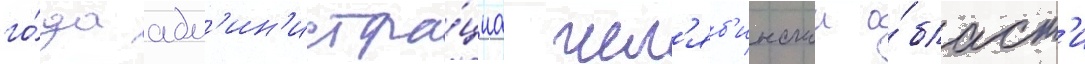
го́да адм'ин'истра́циа чел'яб'инскои о́бласт'и